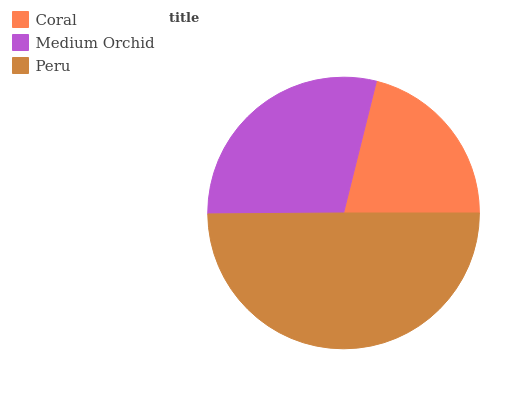
| Coral | Medium Orchid | Peru |
 | --- | --- | --- |
 | 21.2% | 29% | 49.8% |